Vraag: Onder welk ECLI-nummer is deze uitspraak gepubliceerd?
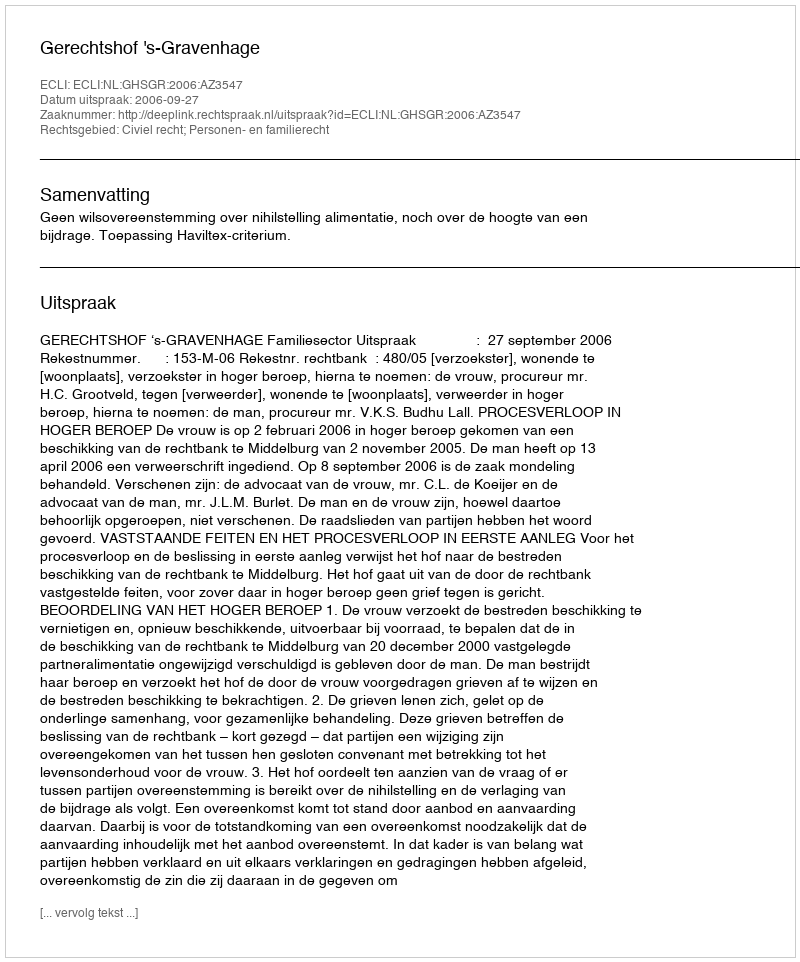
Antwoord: ECLI:NL:GHSGR:2006:AZ3547